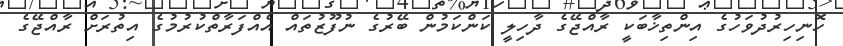
ހޮނިހިރުދުވަހުގެ އިންތިޚާބަކީ ރާއްޖޭގެ ދާހިލީ ކަންކަމުން ބޭރުގެ ނުފޫޒުތައް އެއްފަރާތްކުރުމުގެ އިތުރަށް ރާއްޖޭގެ